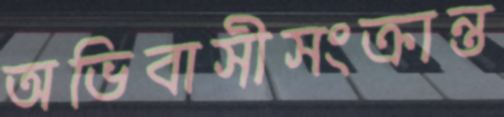
অভিবাসীসংক্রান্ত